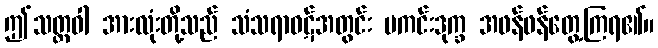
ဤသတ္တဝါ အားလုံးတို့သည် သံသရာဝဋ်အတွင်း မကင်းဒုက္ခ အဖန်ဖန်တွေ့ကြရ၏။